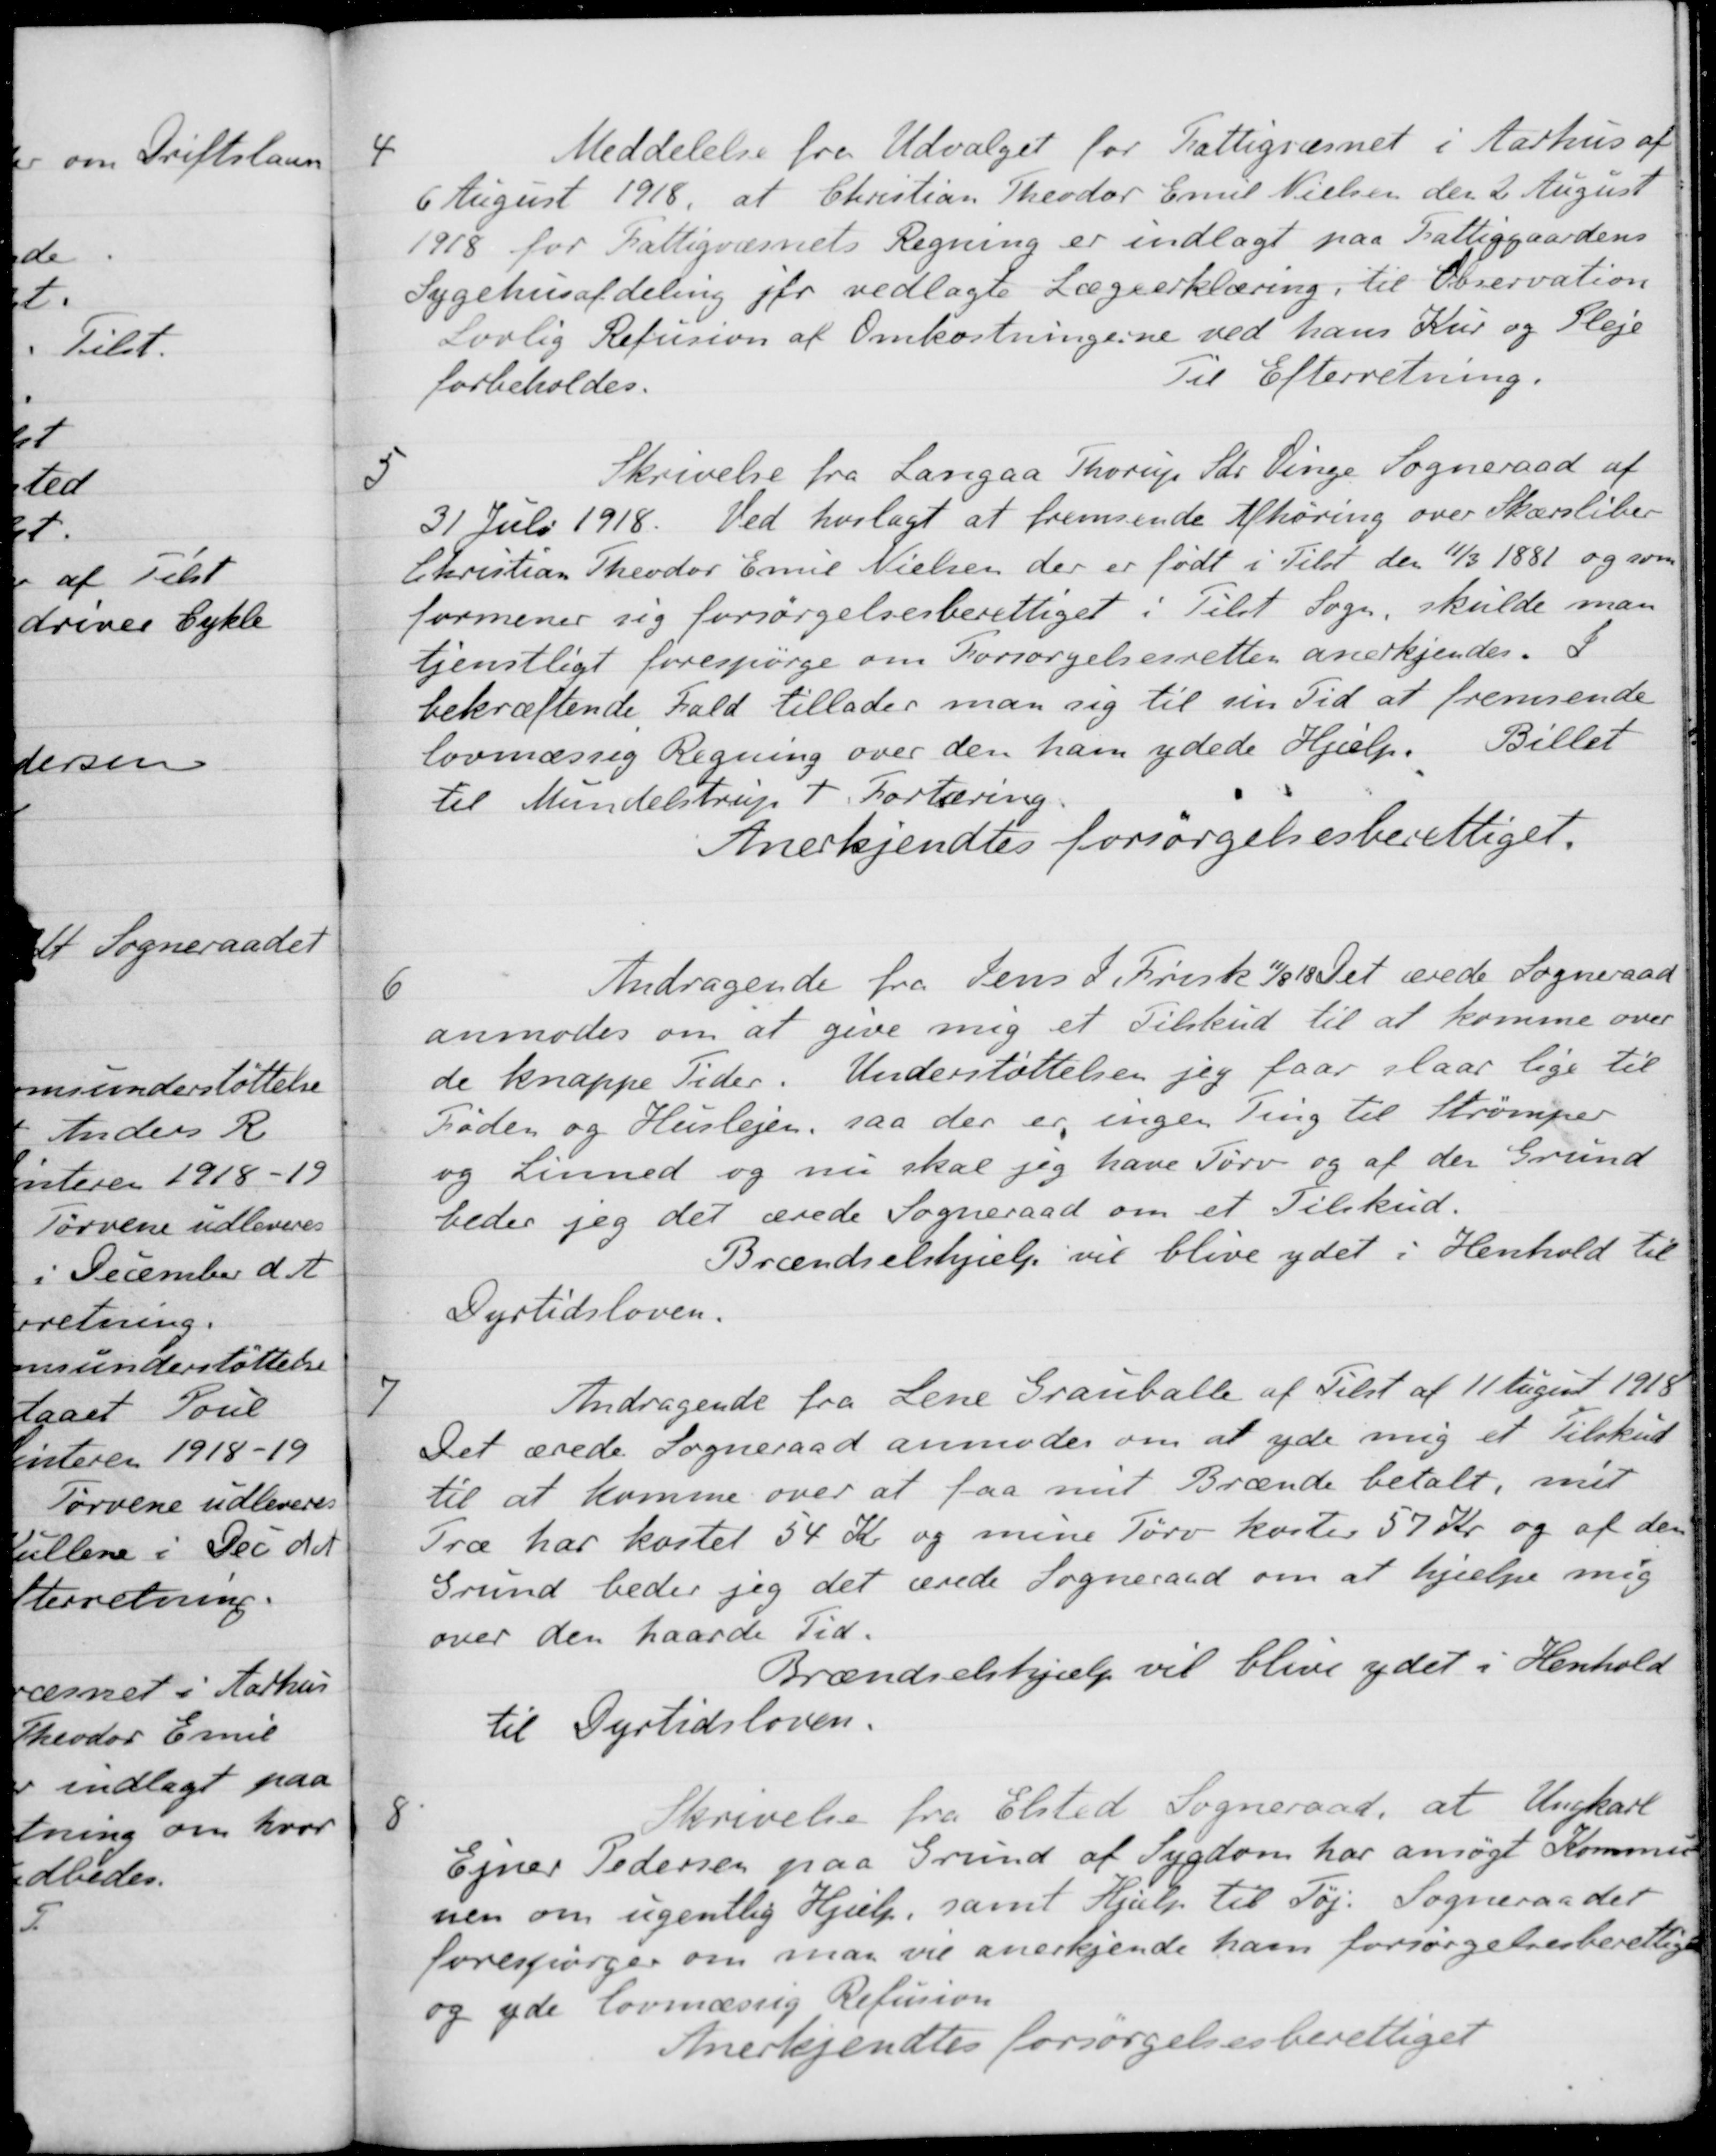
Transskription:
4
Meddelelse fra Udvalget for Fattigvæsnet i Aarhus af
6 August 1918, at Christian Theodor Emil Nielsen den 2 August
1918 for Fattigvæsnets Regning er indlagt paa Fattiggaardens
Sygehusafdeling for vedlagte Lægeerklæring, til Observation
Lovlig Refusion af Omkostningerne ved hans Kur og Pleje
forbeholdes.
Til Efterretning.
5
Skrivelse fra Langaa Thorup Sdr Vinge Sogneraad af
31 Juli 1918. Ved hoslagt at fremsende Afhøring over Skærsliber
Christian Theodor Emil Nielsen der er født i Tilst den 11/3 1881 og som
formener sig forsørgelsesberettiget i Tilst Sogn, skulde man
tjenstligt forespørge om Forsørgelsesretten anerkjendes. I
bekræftende, Fald tillader man sig til sin Tid at fremsende
lovmæssig Regning over den ham ydede Hjælp. Billet
til Mundelstrup + Fortæring.
Anerkjendtes forsørgelsesberettiget.
6
Andragende fra Jens S. Frisk 11/8 18 Det ærede Sogneraad
anmodes om at give mig et Tilskud til at komme over
de knappe Tider. Understøttelsen jeg faar slaar lige til
Føden og Huslejen, saa der er ingen Ting til Strømper
og Linned og nu skal jeg have Tørv og af den Grund
beder jeg det ærede Sogneraad om et Tilskud.
Brændselshjælp vil blive ydet i Henhold til
Dyrtidsloven.
7
Andragende fra Lene Grauballe af Tilst af 11 August 1918
Det ærede Sogneraad anmodes om at yde mig et Tilskud
til at komme over at faa mit Brænde betalt, mit
Træ har kostel 54 Kr og mine Tørv koster 57 Kr og af den
Grund beder jeg det ærede Sogneraad om at hjælpe mig
over den haarde Tid.
Brændselshjælp vil blive ydet i Henhold
til Dyrtidsloven.
8
Skrivelse fra Elsted Sogneraad, at Ungkarl
Ejner Pedersen paa Grund af Sygdom har ansøgt Kommu-
nen om ugentlig Hjælp, samt Hjælp til Tøj. Sogneraadet
forespørger om man vil anerkjende ham forsørgelsesberettige
og yde lovmæssig Refusion
Anerkjendtes forsørgelsesberettiget